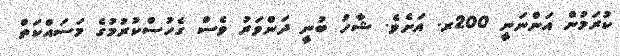
ކުރަމުން އަންނަނީ 200ރ. އަށެވެ. ޝާހު ބުނީ ދަންވަރު ވެސް ގެހުސްކުރުމުގެ މަސައްކަތް